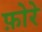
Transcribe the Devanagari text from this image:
फ़ोरे